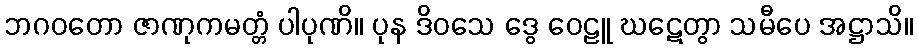
ဘဂဝတော ဇာဏုကမတ္တံ ပါပုဏိ။ ပုန ဒိဝသေ ဒွေ ဝေဠူ ဃဋေတွာ သမီပေ အဋ္ဌာသိ။